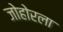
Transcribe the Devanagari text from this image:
जोहोरला